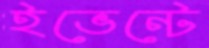
ইভেন্টে